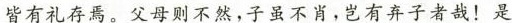
皆有礼存焉。父母则不然，子虽不肖，岂有弃子者哉！是